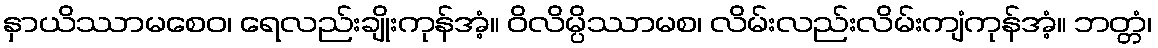
နှာယိဿာမစေဝ၊ ရေလည်းချိုးကုန်အံ့။ ဝိလိမ္ပိဿာမစ၊ လိမ်းလည်းလိမ်းကျံကုန်အံ့။ ဘတ္တံ၊